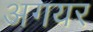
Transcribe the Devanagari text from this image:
अगयर